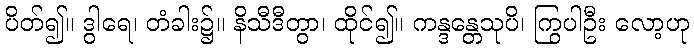
ပိတ်၍။ ဒွါရေ၊ တံခါး၌။ နိသီဒီတွာ၊ ထိုင်၍။ ကန္ဒန္တေသုပိ၊ ကြွပါဦး လော့ဟု